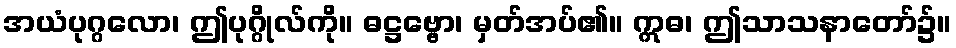
အယံပုဂ္ဂလော၊ ဤပုဂ္ဂိုလ်ကို။ ဓဋ္ဌဗ္ဗော၊ မှတ်အပ်၏။ ဣဓ၊ ဤသာသနာတော်၌။